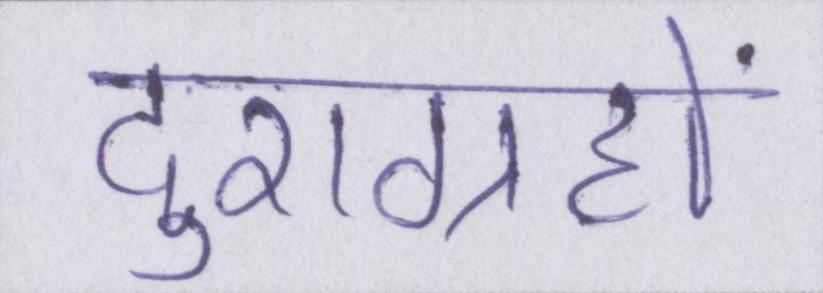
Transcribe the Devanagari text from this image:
दुराग्रहों